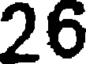
26